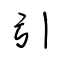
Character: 引